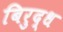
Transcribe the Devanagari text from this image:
बिरुद्ध